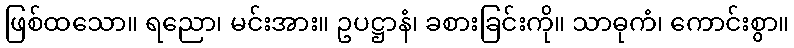
ဖြစ်ထသော။ ရညော၊ မင်းအား။ ဥပဋ္ဌာနံ၊ ခစားခြင်းကို။ သာဓုကံ၊ ကောင်းစွာ။